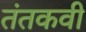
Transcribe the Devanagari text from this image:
तंतकवी